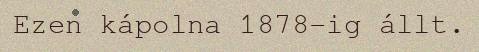
Ezen kápolna 1878-ig állt.